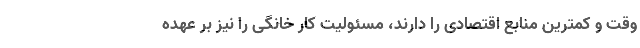
وقت و کمترین منابع اقتصادی را دارند، مسئولیت کار خانگی را نیز بر عهده